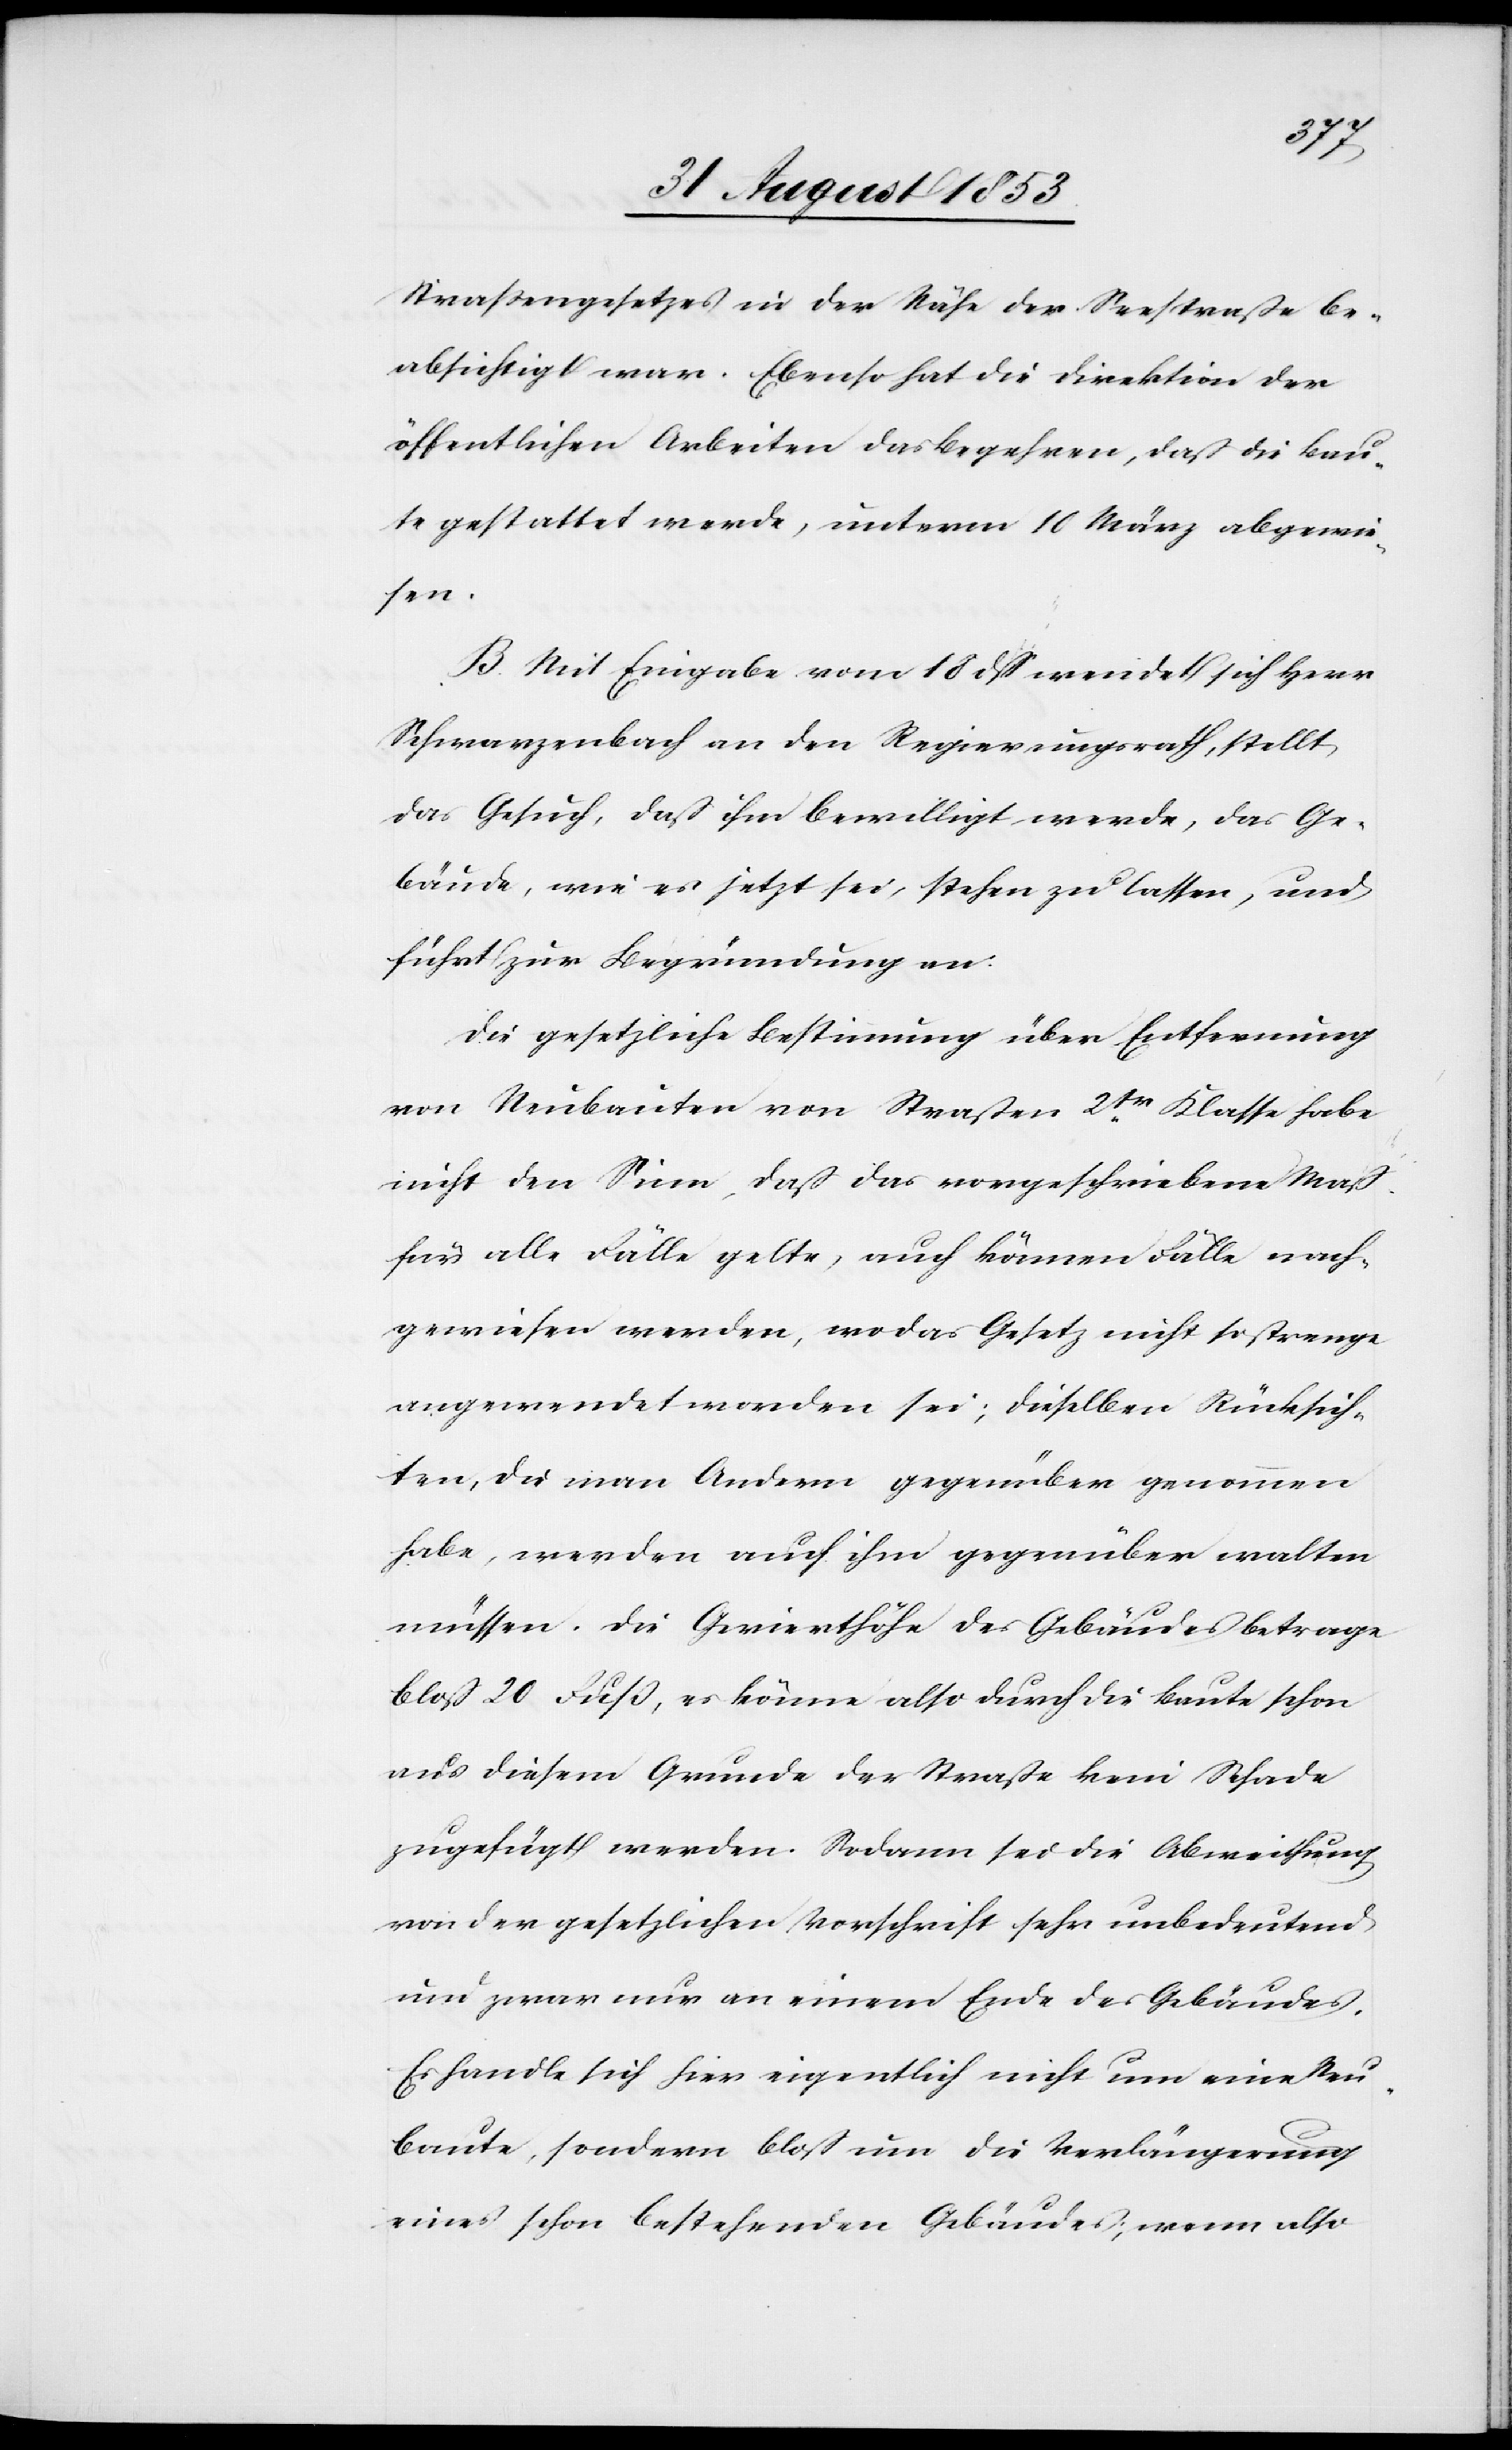
Straßengesetzes in der Nähe der Seestraße be¬
absichtigt war. Ebenso hat die Direktion der
öffentlichen Arbeiten das Begehren, daß die Bau¬
te gestattet werde, unterm 10 März abgewie¬
sen.
B. Mit Eingabe vom 18 dß wendet sich Herr
Schwarzenbach an den Regierungsrath, stellt
das Gesuch, daß ihm bewilligt werde, das Ge¬
bäude, wie es jetzt sei, stehen zu lassen, und
führt zu Begründung an:
Die gesetzliche Bestimmung über Entfernung
von Neubauten von Straßen 2tr Klasse habe
nicht den Sinn, daß das vorgeschriebene Maß
für alle Fälle gelte, auch können Fälle nach¬
gewiesen werden, wo das Gesetz nicht so strenge
angewendet worden sei; dieselben Rücksich¬
ten, die man Andern gegenüber genommen
habe, werden auch ihm gegenüber walten
müssen. Die Gevierthöhe des Gebäudes betrage
bloß 20 Fuß, es könne also durch die Baute schon
aus diesem Grunde der Straße kein Schaden
zugefügt werden. Sodann sei die Abweichung
von der gesetzlichen Vorschrift sehr unbedeutend
und zwar nur an einem Ende des Gebäudes.
Es handle sich hier eigentlich nicht um eine Neu¬
baute, sondern bloß um die Verlängerung
eines schon bestehenden Gebäudes, wenn also